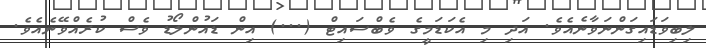
ލިބިވަޑައިގަންނަވާނެއެވެ. އަދި މި އެކަޑަމީގެ ވެބްސައިޓް (...) އިން ޑައުންލޯޑު ވެސް ކުރެއްވޭނެއެވެ.